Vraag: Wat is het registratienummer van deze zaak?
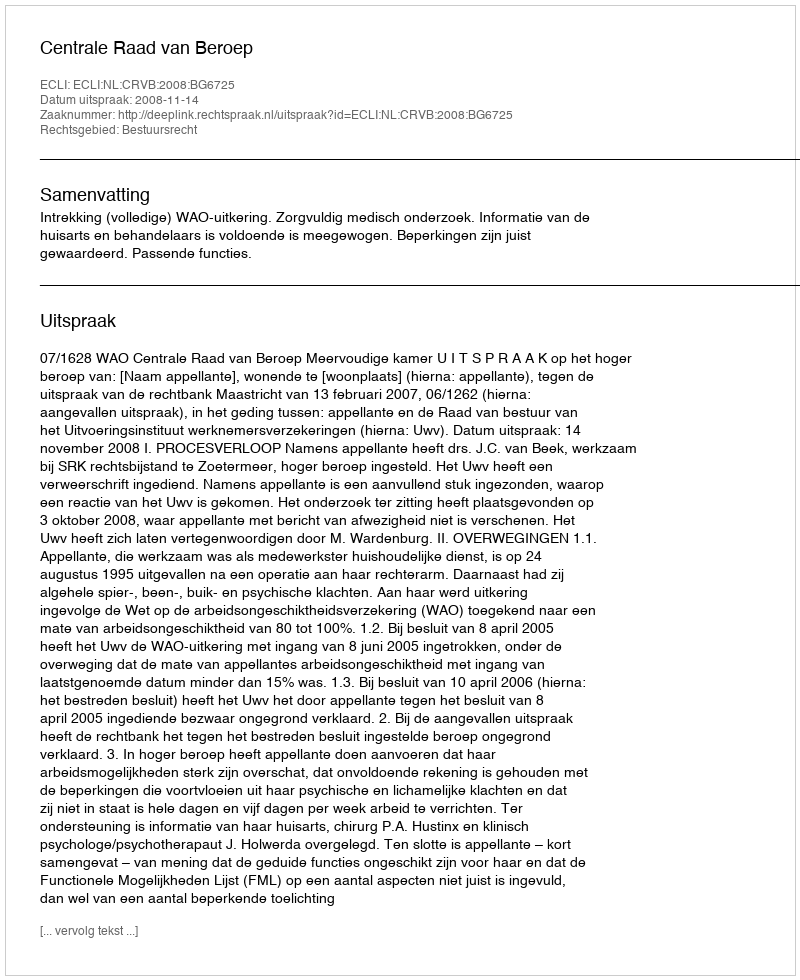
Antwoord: http://deeplink.rechtspraak.nl/uitspraak?id=ECLI:NL:CRVB:2008:BG6725